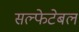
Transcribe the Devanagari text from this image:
सल्फेटेबल